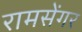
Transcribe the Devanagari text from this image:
रामसेंगर